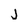
Character: J